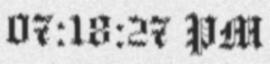
07:18:27 PM